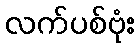
လက်ပစ်ဗုံး